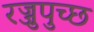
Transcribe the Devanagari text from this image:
रज्जुपुच्छ